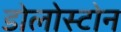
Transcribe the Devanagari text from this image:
डोलोस्टोन